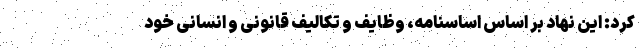
کرد: این نهاد بر اساس اساسنامه، وظایف و تکالیف قانونی و انسانی خود